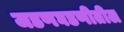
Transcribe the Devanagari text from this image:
जडणघडणीतील